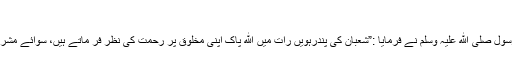
(ایضاً)
حضرت عوف بن مالک رضی اللہ عنہ فرماتے ہیں کہ رسول صلی الله علیہ وسلم نے فرمایا :”شعبان کی پندرہویں رات میں الله پاک اپنی مخلوق پر رحمت کی نظر فر ماتے ہیں، سوائے مشرک اور کینہ ور کے باقی سب کی مغفرت فرمادیتے ہیں۔